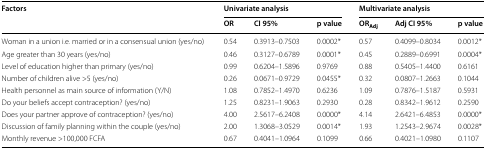
| <ROWSPAN=2> Factors | <COLSPAN=3> Univariate analysis | <COLSPAN=3> Multivariate analysis |
 | OR | CI 95% | p value | ORAdj | Adj CI 95% | p value |
 | --- | --- | --- | --- | --- | --- | --- |
 | Woman in a union i.e. married or in a consensual union (yes/no) | 0.54 | 0.3913–0.7503 | 0.0002* | 0.57 | 0.4099–0.8034 | 0.0012* |
 | Age greater than 30 years (yes/no) | 0.46 | 0.3127–0.6789 | 0.0001* | 0.45 | 0.2889–0.6991 | 0.0004* |
 | Level of education higher than primary (yes/no) | 0.99 | 0.6204–1.5896 | 0.9769 | 0.88 | 0.5405–1.4400 | 0.6161 |
 | Number of children alive >5 (yes/no) | 0.26 | 0.0671–0.9729 | 0.0455* | 0.32 | 0.0807–1.2663 | 0.1044 |
 | Health personnel as main source of information (Y/N) | 1.08 | 0.7852–1.4970 | 0.6236 | 1.09 | 0.7876–1.5187 | 0.5931 |
 | Do your beliefs accept contraception? (yes/no) | 1.25 | 0.8231–1.9063 | 0.2930 | 0.28 | 0.8342–1.9612 | 0.2590 |
 | Does your partner approve of contraception? (yes/no) | 4.00 | 2.5617–6.2408 | 0.0000* | 4.14 | 2.6421–6.4853 | 0.0000* |
 | Discussion of family planning within the couple (yes/no) | 2.00 | 1.3068–3.0529 | 0.0014* | 1.93 | 1.2543–2.9674 | 0.0028* |
 | Monthly revenue >100,000 FCFA | 0.67 | 0.4041–1.0964 | 0.1099 | 0.66 | 0.4021–1.0980 | 0.1107 |